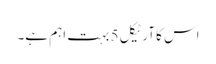
اس کا آرٹیکل 5 بہت اہم ہے۔